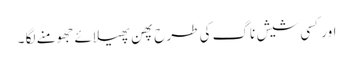
اور کسی شیش ناگ کی طرح پھن پھیلائے جھومنے لگا ۔